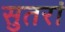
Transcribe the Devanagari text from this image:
सुतरां